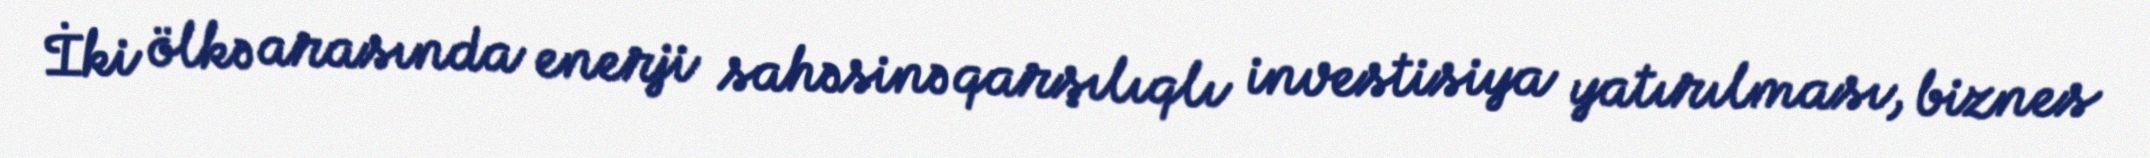
İki ölkə arasında enerji sahəsinə qarşılıqlı investisiya yatırılması, biznes